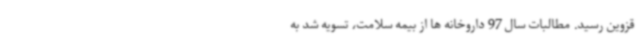
قزوین رسید. مطالبات سال 97 داروخانه ها از بیمه سلامت، تسویه شد به